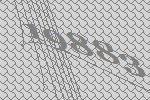
19883